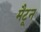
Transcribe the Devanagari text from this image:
मैटून